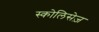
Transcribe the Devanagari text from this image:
स्कोलिसेज़